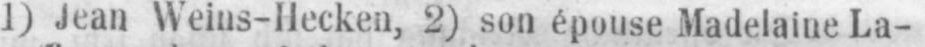
1) Jean Weins-Hecken, 2) son épouse Madelaine La-